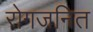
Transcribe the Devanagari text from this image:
रोगजनित